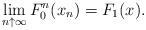
LaTeX: \begin{align*}\lim_{n \uparrow \infty}F_0^n(x_n)=F_1(x).\end{align*}